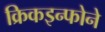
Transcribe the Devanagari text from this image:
क्रिकइन्फोने